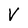
Character: V